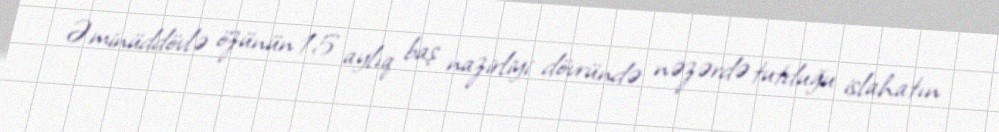
Əminüddövlə özünün 15 aylıq baş nazirliyi dövründə nəzərdə tutduğu islahatın